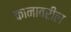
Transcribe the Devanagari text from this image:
कानावरील